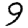
Digit: 9